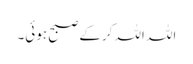
اللہ اللہ کرکے صبح ہوئی۔